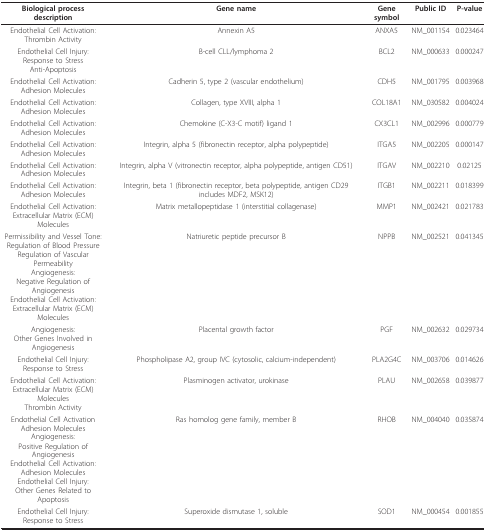
<table><thead><tr><td><b>Biological process description</b></td><td><b>Gene name</b></td><td><b>Gene symbol</b></td><td><b>Public ID</b></td><td><b>P-value</b></td></tr></thead><tbody><tr><td>Endothelial Cell Activation:Thrombin Activity</td><td>Annexin A5</td><td>ANXA5</td><td>NM_001154</td><td>0.023464</td></tr><tr><td>Endothelial Cell Injury:Response to StressAnti-Apoptosis</td><td>B-cell CLL/lymphoma 2</td><td>BCL2</td><td>NM_000633</td><td>0.000247</td></tr><tr><td>Endothelial Cell Activation:Adhesion Molecules</td><td>Cadherin 5, type 2 (vascular endothelium)</td><td>CDH5</td><td>NM_001795</td><td>0.003968</td></tr><tr><td>Endothelial Cell Activation:Adhesion Molecules</td><td>Collagen, type XVIII, alpha 1</td><td>COL18A1</td><td>NM_030582</td><td>0.004024</td></tr><tr><td>Endothelial Cell Activation:Adhesion Molecules</td><td>Chemokine (C-X3-C motif) ligand 1</td><td>CX3CL1</td><td>NM_002996</td><td>0.000779</td></tr><tr><td>Endothelial Cell Activation:Adhesion Molecules</td><td>Integrin, alpha 5 (fibronectin receptor, alpha polypeptide)</td><td>ITGA5</td><td>NM_002205</td><td>0.000147</td></tr><tr><td>Endothelial Cell Activation:Adhesion Molecules</td><td>Integrin, alpha V (vitronectin receptor, alpha polypeptide, antigen CD51)</td><td>ITGAV</td><td>NM_002210</td><td>0.02125</td></tr><tr><td>Endothelial Cell Activation:Adhesion Molecules</td><td>Integrin, beta 1 (fibronectin receptor, beta polypeptide, antigen CD29 includes MDF2, MSK12)</td><td>ITGB1</td><td>NM_002211</td><td>0.018399</td></tr><tr><td>Endothelial Cell Activation:Extracellular Matrix (ECM) Molecules</td><td>Matrix metallopeptidase 1 (interstitial collagenase)</td><td>MMP1</td><td>NM_002421</td><td>0.021783</td></tr><tr><td>Permissibility and Vessel Tone:Regulation of Blood PressureRegulation of Vascular PermeabilityAngiogenesis:Negative Regulation of AngiogenesisEndothelial Cell Activation:Extracellular Matrix (ECM) Molecules</td><td>Natriuretic peptide precursor B</td><td>NPPB</td><td>NM_002521</td><td>0.041345</td></tr><tr><td>Angiogenesis:Other Genes Involved in Angiogenesis</td><td>Placental growth factor</td><td>PGF</td><td>NM_002632</td><td>0.029734</td></tr><tr><td>Endothelial Cell Injury:Response to Stress</td><td>Phospholipase A2, group IVC (cytosolic, calcium-independent)</td><td>PLA2G4C</td><td>NM_003706</td><td>0.014626</td></tr><tr><td>Endothelial Cell Activation:Extracellular Matrix (ECM) MoleculesThrombin Activity</td><td>Plasminogen activator, urokinase</td><td>PLAU</td><td>NM_002658</td><td>0.039877</td></tr><tr><td>Endothelial Cell ActivationAdhesion MoleculesAngiogenesis:Positive Regulation of AngiogenesisEndothelial Cell Activation:Adhesion MoleculesEndothelial Cell Injury:Other Genes Related to Apoptosis</td><td>Ras homolog gene family, member B</td><td>RHOB</td><td>NM_004040</td><td>0.035874</td></tr><tr><td>Endothelial Cell Injury:Response to Stress</td><td>Superoxide dismutase 1, soluble</td><td>SOD1</td><td>NM_000454</td><td>0.001855</td></tr></tbody></table>